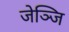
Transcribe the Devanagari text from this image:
जेञ्जि